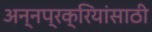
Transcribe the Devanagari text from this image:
अन्नप्रक्रियांसाठी